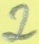
Text: 2